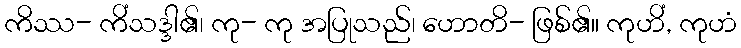
ကိဿ- ကိံသဒ္ဒါ၏၊ ကု- ကု အပြုသည်၊ ဟောတိ- ဖြစ်၏။ ကုဟိံ, ကုဟံ